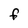
Character: F